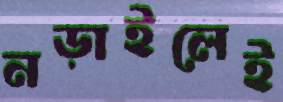
নড়াইলেই